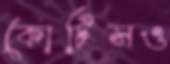
কোটিসও